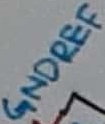
Text: GNDREF